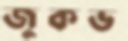
জুকভ